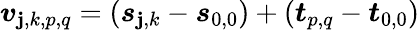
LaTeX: \boldsymbol{v}_{\mathbf{j},k,p,q}=\left(\boldsymbol{s}_{\mathbf{j},k}-\boldsymbol{s}_{0,0}\right)+\left(\boldsymbol{t}_{p,q}-\boldsymbol{t}_{0,0}\right)